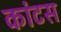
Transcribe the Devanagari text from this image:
कांटस